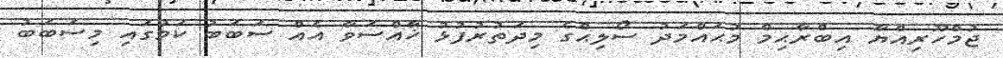
ޖުމްހޫރިއްޔާ އިބްރާޙިމް މުޙައްމަދު ސޯލިޙްގެ މިދަތުރުފުޅު ޚާއްސަވާ އެއް ސަބަބު ކަމުގައި މިސަބަބު